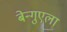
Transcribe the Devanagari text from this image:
बेन्गुएला